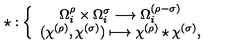
\star : \left\{ \begin{array} { c } { \Omega _ { i } ^ { \rho } \times \Omega _ { i } ^ { \sigma } \longrightarrow \Omega _ { i } ^ { ( \rho - \sigma ) } } \\ { ( \chi ^ { ( \rho ) } , \chi ^ { ( \sigma ) } ) \longmapsto \chi ^ { ( \rho ) } \star \chi ^ { ( \sigma ) } , } \\ \end{array} \right.